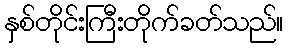
နှစ်တိုင်းကြီးတိုက်ခတ်သည်။